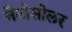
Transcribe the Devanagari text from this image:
नैनोसोलर